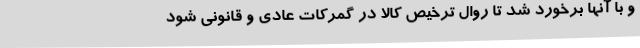
و با آنها برخورد شد تا روال ترخیص کالا در گمرکات عادی و قانونی شود